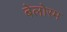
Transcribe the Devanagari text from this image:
बेलोरम